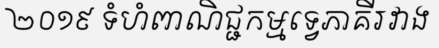
២០១៩ ទំហំពាណិជ្ជកម្មទ្វេភាគីរវាង